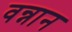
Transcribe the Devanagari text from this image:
वन्नान